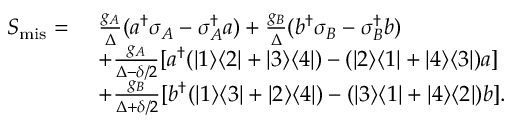
\begin{array} { r l } { S _ { \mathrm { m i s } } = } & { ~ \frac { g _ { A } } { \Delta } ( a ^ { \dagger } \sigma _ { A } - \sigma _ { A } ^ { \dagger } a ) + \frac { g _ { B } } { \Delta } ( b ^ { \dagger } \sigma _ { B } - \sigma _ { B } ^ { \dagger } b ) } \\ & { ~ + \frac { g _ { A } } { \Delta - \delta / 2 } [ a ^ { \dagger } ( | 1 \rangle \langle 2 | + | 3 \rangle \langle 4 | ) - ( | 2 \rangle \langle 1 | + | 4 \rangle \langle 3 | ) a ] } \\ & { ~ + \frac { g _ { B } } { \Delta + \delta / 2 } [ b ^ { \dagger } ( | 1 \rangle \langle 3 | + | 2 \rangle \langle 4 | ) - ( | 3 \rangle \langle 1 | + | 4 \rangle \langle 2 | ) b ] . } \end{array}